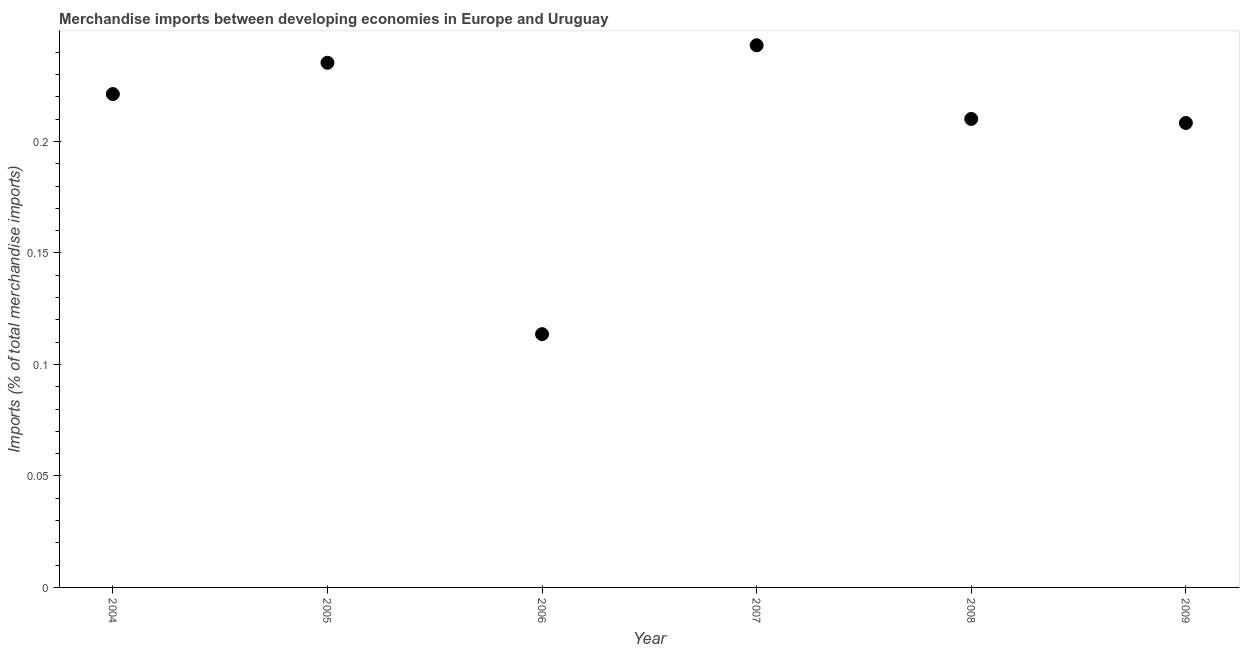
| Year | Merchandise imports |
 | --- | --- |
 | 2004 | 0.221 |
 | 2005 | 0.235 |
 | 2006 | 0.114 |
 | 2007 | 0.243 |
 | 2008 | 0.21 |
 | 2009 | 0.208 |